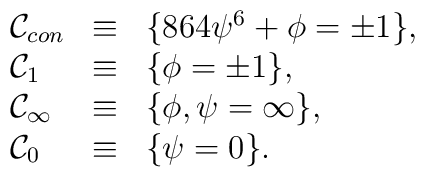
\begin{array}{lcl}        {\cal C}_{con}    & \equiv & \{ 864 \psi^6+ \phi = \pm 1 \}, \\        {\cal C}_{1}      & \equiv & \{ \phi = \pm 1 \}, \\        {\cal C}_{\infty} & \equiv & \{ \phi, \psi = \infty \}, \\        {\cal C}_{0}      & \equiv & \{ \psi = 0 \}.        \end{array}